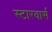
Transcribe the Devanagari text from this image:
स्टारवार्स